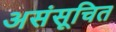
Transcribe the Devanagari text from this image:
असंसूचित